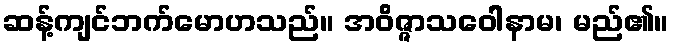
ဆန့်ကျင်ဘက်မောဟသည်။ အဝိဇ္ဇာသဝေါနာမ၊ မည်၏။